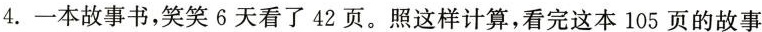
4.一本故事书，笑笑6天看了42页。照这样计算，看完这本105页的故事